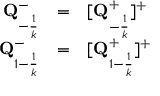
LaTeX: \begin{array} { r c l } { { { \bf { Q } } _ { - { \frac { 1 } { k } } } ^ { - } } } & { { = } } & { { [ { \bf { Q } } _ { - { \frac { 1 } { k } } } ^ { + } ] ^ { + } } } \\ { { { \bf { Q } } _ { 1 - { \frac { 1 } { k } } } ^ { - } } } & { { = } } & { { [ { \bf { Q } } _ { 1 - { \frac { 1 } { k } } } ^ { + } ] ^ { + } } } \end{array}